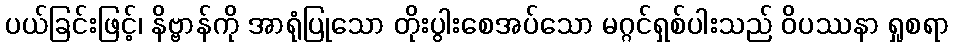
ပယ်ခြင်းဖြင့်၊ နိဗ္ဗာန်ကို အာရုံပြုသော တိုးပွါးစေအပ်သော မဂ္ဂင်ရှစ်ပါးသည် ဝိပဿနာ ရှုစရာ